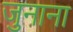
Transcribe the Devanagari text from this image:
जुनाना